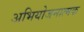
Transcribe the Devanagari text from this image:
अभियोजनात्मक